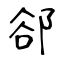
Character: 郤